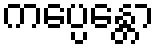
ကပ္ပေန္တော